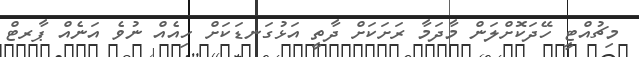
މިޗުއްޓީ ހޭދަކޮށްލަން މާދަމާ ރަށަކަށް ދާތީ އަޅުގަނޑަކަށް ހިއެއް ނުވެ އަނެއް ޕާރޓް